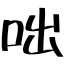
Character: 咄